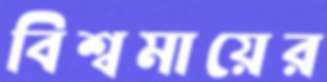
বিশ্বমায়ের